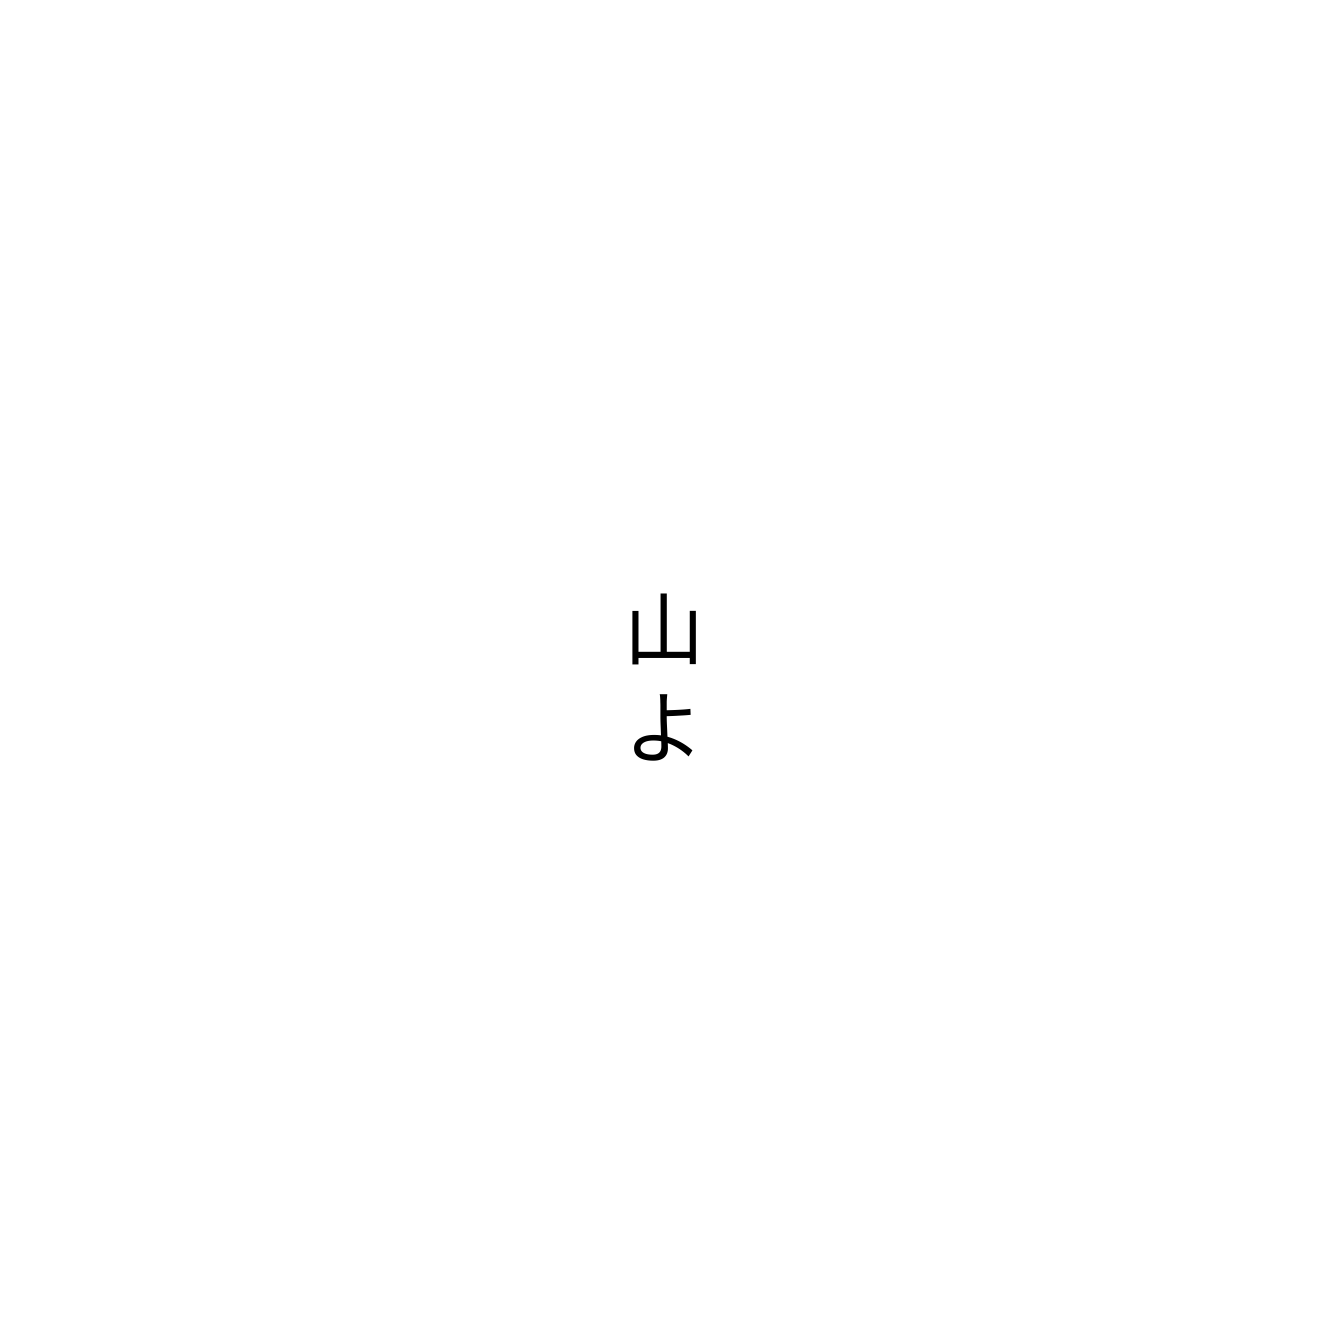
山よ